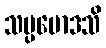
သမ္ပမောဒသိ